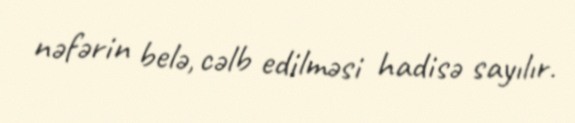
nəfərin belə, cəlb edilməsi hadisə sayılır.